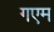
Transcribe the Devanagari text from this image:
गएम